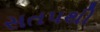
સતપથી